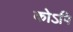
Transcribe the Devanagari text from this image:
कोऽपि